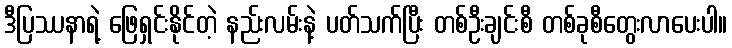
ဒီပြဿနာရဲ့ ဖြေရှင်းနိုင်တဲ့ နည်းလမ်းနဲ့ ပတ်သက်ပြီး တစ်ဦးချင်းစီ တစ်ခုစီတွေးလာပေးပါ။